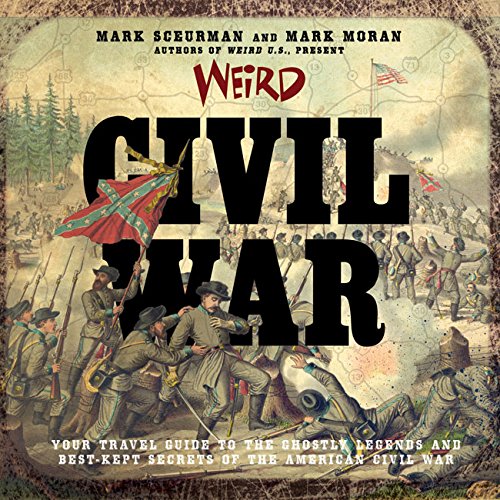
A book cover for Weird Civil War: Your Travel Guide to the Ghostly Legends and Best-Kept Secrets of the American Civil War; Mark Sceurman; Humor & Entertainment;